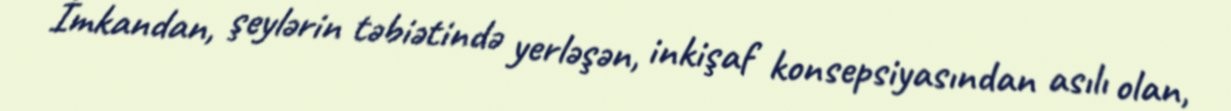
İmkandan, şeylərin təbiətində yerləşən, inkişaf konsepsiyasından asılı olan,